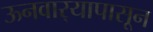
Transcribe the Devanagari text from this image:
ऊनवार्‍यापासून